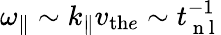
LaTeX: {\omega_{\parallel}}\sim k_{\parallel}v_{\mathrm{th}e}\sim t_{\mathrm{~n~l~}}^{-1}